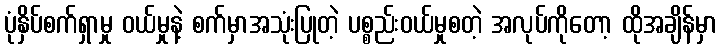
ပုံနှိပ်စက်ရှာမှု ဝယ်မှုနဲ့ စက်မှာအသုံးပြုတဲ့ ပစ္စည်းဝယ်မှုစတဲ့ အလုပ်ကိုတော့ ထိုအချိန်မှာ